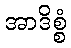
အာဒိစ္စံ